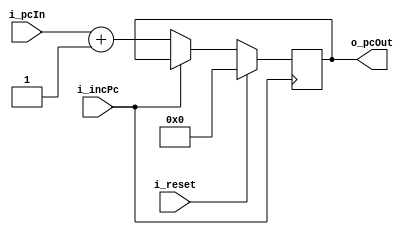
`timescale 1ns / 1ps
//////////////////////////////////////////////////////////////////////////////////
// Company: 
// Engineer: 
// 
// Design Name: 
// Module Name:    setPc 
// Project Name: 
// Target Devices: 
// Tool versions: 
// Description: 
//
// Dependencies: 
//
// Revision: 
// Revision 0.01 - File Created
// Additional Comments: 
//
//////////////////////////////////////////////////////////////////////////////////
module setPc(i_reset,i_incPc,i_pcIn,o_pcOut);
input i_reset,i_incPc;
input [7:0] i_pcIn;
output reg[7:0]o_pcOut;

initial o_pcOut = 0;

always@(negedge i_incPc)// or posedge i_reset)
begin
	

	if (i_incPc == 0)
		o_pcOut <= i_pcIn +1 ;
	
	if(i_reset == 1)
		o_pcOut <= 0;
	//it goes there
	
end

endmodule